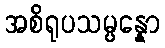
အစိရုပသမ္ပန္နော